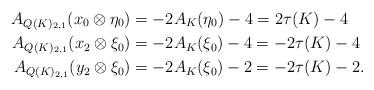
LaTeX: \begin{align*}A_{Q(K)_{2,1}}(x_0 \otimes \eta_0) &= -2A_K(\eta_0)-4 = 2\tau(K) -4 \\A_{Q(K)_{2,1}}(x_2 \otimes \xi_0) &= -2A_K(\xi_0)-4 = -2\tau(K) -4 \\A_{Q(K)_{2,1}}(y_2 \otimes \xi_0) &= -2A_K(\xi_0)-2 = -2\tau(K) -2.\end{align*}